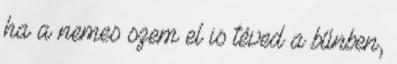
ha a nemes szem el is téved a bűnben,